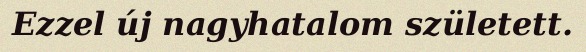
Ezzel új nagyhatalom született.